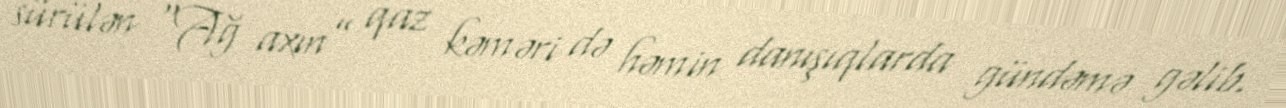
sürülən “Ağ axın” qaz kəməri də həmin danışıqlarda gündəmə gəlib.